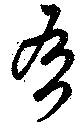
有